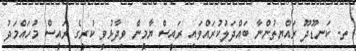
ތ. ކަނޑޫދޫ ރައްޔިތުންނާ ބައްދަލުކުރައްވައި ރައީސް ޔާމީން ވިދާޅުވީ ކުރީގެ ރައީސް މުހައްމަދު